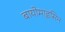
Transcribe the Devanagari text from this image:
बायोमाइसिन